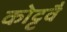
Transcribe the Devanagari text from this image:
कोट्टवै